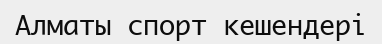
Алматы спорт кешендері